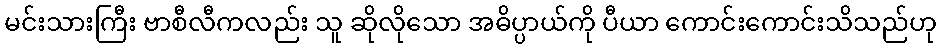
မင်းသားကြီး ဗာစီလီကလည်း သူ ဆိုလိုသော အဓိပ္ပာယ်ကို ပီယာ ကောင်းကောင်းသိသည်ဟု